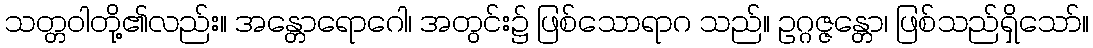
သတ္တဝါတို့၏လည်း။ အန္တောရောဂေါ၊ အတွင်း၌ ဖြစ်သောရာဂ သည်။ ဥဂ္ဂဇ္ဇန္တော၊ ဖြစ်သည်ရှိသော်။